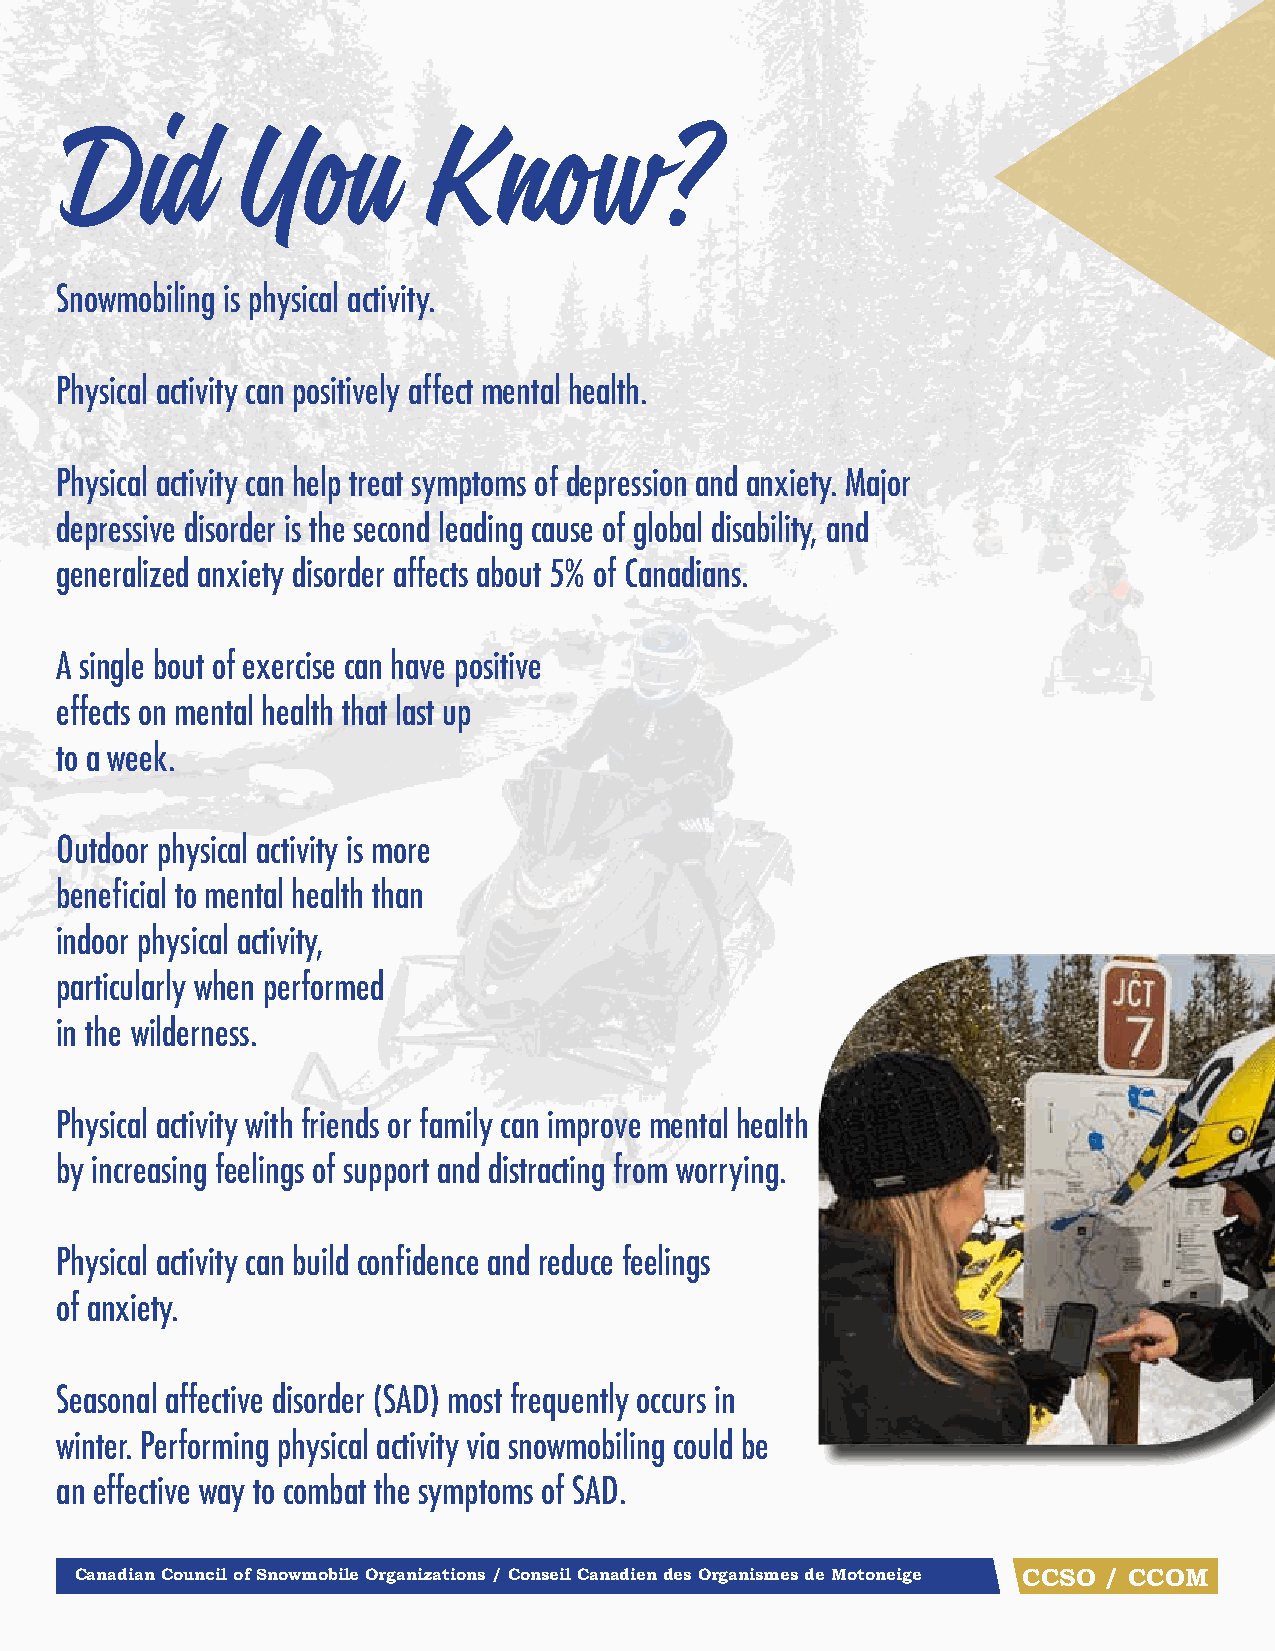
Did         You         Know?
 Snowmobiling is physical activity.
 Physical activity can positively affect mental health.
 Physical activity can help treat symptoms of depression and anxiety. Major
 depressive disorder is the second leading cause of global disability, and
 generalized anxiety disorder affects about 5% of Canadians.
 A single bout of exercise can have positive
 effects on mental health that last up
 to a week.
 Outdoor physical activity is more
 beneficial to mental health than
 indoor physical activity,
 particularly when performed
 in the wilderness.
 Physical activity with friends or family can improve mental health
 by increasing feelings of support and distracting from worrying.
 Physical activity can build confidence and reduce feelings
 of anxiety.
 Seasonal affective disorder (SAD) most frequently occurs in
 winter. Performing physical activity via snowmobiling could be
 an effective way to combat the symptoms of SAD.
 Canadian Council of Snowmobile Organizations / Conseil Canadien des Organismes de Motoneige CCSO / CCOM